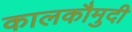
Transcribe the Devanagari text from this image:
कालकौमुदी